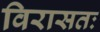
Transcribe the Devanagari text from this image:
विरासतः